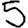
Digit: 5